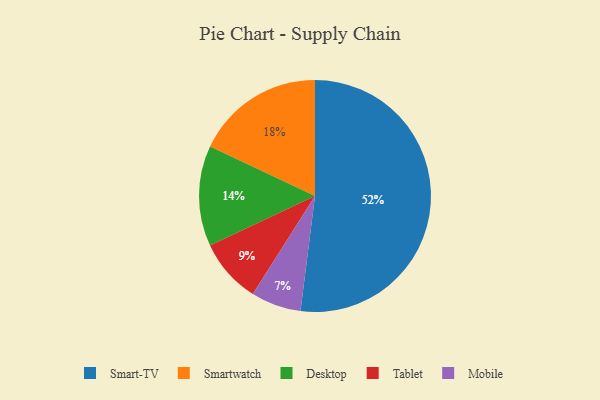
{"axis": {"x": "Category", "y": "Percentage"}, "legend": ["Desktop", "Mobile", "Smart-TV", "Smartwatch", "Tablet"], "data": [{"x": "Tablet", "y": 9, "type": "Tablet"}, {"x": "Desktop", "y": 14, "type": "Desktop"}, {"x": "Smart-TV", "y": 52, "type": "Smart-TV"}, {"x": "Smartwatch", "y": 18, "type": "Smartwatch"}, {"x": "Mobile", "y": 7, "type": "Mobile"}]}